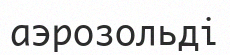
аэрозольді